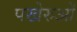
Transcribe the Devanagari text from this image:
पखेरुओं